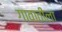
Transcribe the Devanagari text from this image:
गावातीला